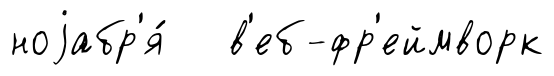
ноjабр'я́ в'еб-фр'еймворк